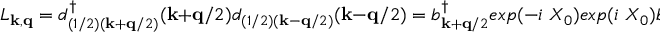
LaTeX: L _ { { \bf { k } } , { \bf { q } } } = d _ { ( 1 / 2 ) ( { \bf { k } } + { \bf { q } } / 2 ) } ^ { \dagger } ( { \bf { k } } + { \bf { q } } / 2 ) d _ { ( 1 / 2 ) ( { \bf { k } } - { \bf { q } } / 2 ) } ( { \bf { k } } - { \bf { q } } / 2 ) = b _ { { \bf { k } } + { \bf { q } } / 2 } ^ { \dagger } e x p ( - i \mathrm { ~ } X _ { 0 } ) e x p ( i \mathrm { ~ } X _ { 0 } ) b _ { { \bf { k } } - { \bf { q } } / 2 } = b _ { { \bf { k } } + { \bf { q } } / 2 } ^ { \dagger } b _ { { \bf { k } } - { \bf { q } } / 2 }